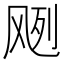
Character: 𱃘